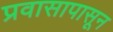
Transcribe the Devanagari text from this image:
प्रवासापासून